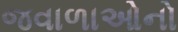
જવાળાઓનો